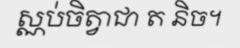
ស្ណប់ចិត្វាជា ត និច។